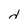
Character: d